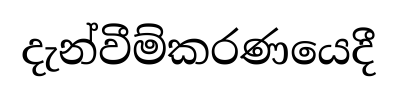
දැන්වීම්කරණයෙදී